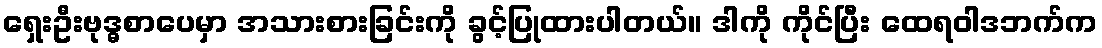
ရှေးဦးဗုဒ္ဓစာပေမှာ အသားစားခြင်းကို ခွင့်ပြုထားပါတယ်။ ဒါကို ကိုင်ပြီး ထေရဝါဒဘက်က